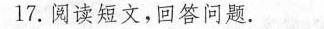
17.阅读短文，回答问题。